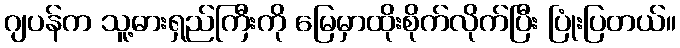
ဂျပန်က သူ့ဓားရှည်ကြီးကို မြေမှာထိုးစိုက်လိုက်ပြီး ပြုံးပြတယ်။